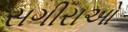
સગીરાઓ